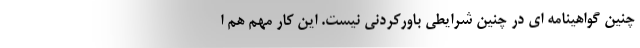
چنین گواهینامه ای در چنین شرایطی باورکردنی نیست. این کار مهم هم ا